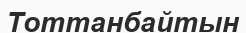
Тоттанбайтын